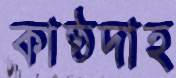
কাষ্ঠদাহ